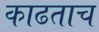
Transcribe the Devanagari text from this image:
काढताच